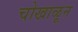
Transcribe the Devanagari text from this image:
चोखाळून